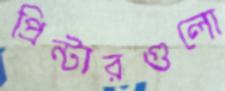
প্রিন্টারগুলো